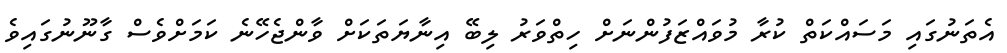
އެތަނުގައި މަސައްކަތް ކުރާ މުވައްޒަފުންނަށް ހިތްވަރު ލިބޭ އިނާޔަތަކަށް ވާންޖެހޭނެ ކަމަށްވެސް ގާނޫނުގައިވެ